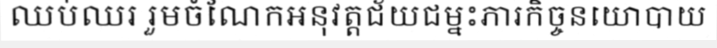
ឈប់ឈរ រួមចំណែកអនុវត្តជ័យជម្នះភារកិច្ចនយោបាយ